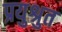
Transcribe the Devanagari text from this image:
प्रयुश्रुत